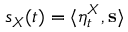
s _ { X } ( t ) = \langle \eta _ { t } ^ { X } , \mathbf { s } \rangle